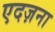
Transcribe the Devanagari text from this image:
एदज़ना